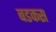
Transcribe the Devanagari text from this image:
बडकस